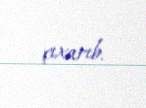
çıxarıb.